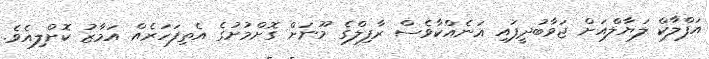
އަފްލާކް ލަޔާލްއަށް ޖަވާބުދީފައި އަނެއްކާވެސް ރާފިލްގެ މޫނަށް ގޮށްމުށުގެ އެތިފަހަރެއް އަމާޒު ކޮށްލިއެވެ.